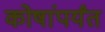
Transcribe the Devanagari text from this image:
कोषांपर्यंत